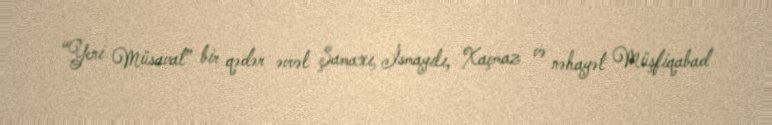
“Yeni Müsavat” bir qədər əvvəl Şamaxı, İsmayılı, Xaçmaz və nəhayət Müşfiqabad